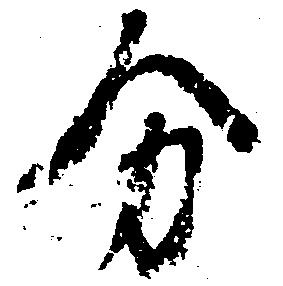
分